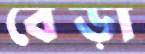
বেড়া